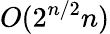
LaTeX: O(2^{n/2}n)